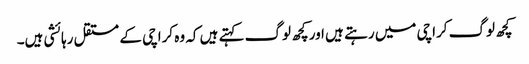
کچھ لوگ کراچی میں رہتے ہیں اور کچھ لوگ کہتے ہیں کہ وہ کراچی کے مستقل رہائشی ہیں۔